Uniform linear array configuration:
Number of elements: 64
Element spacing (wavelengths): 0.5
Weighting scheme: binomial
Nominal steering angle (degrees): -30
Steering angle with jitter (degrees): -29.283
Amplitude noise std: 0.05
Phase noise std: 0.05

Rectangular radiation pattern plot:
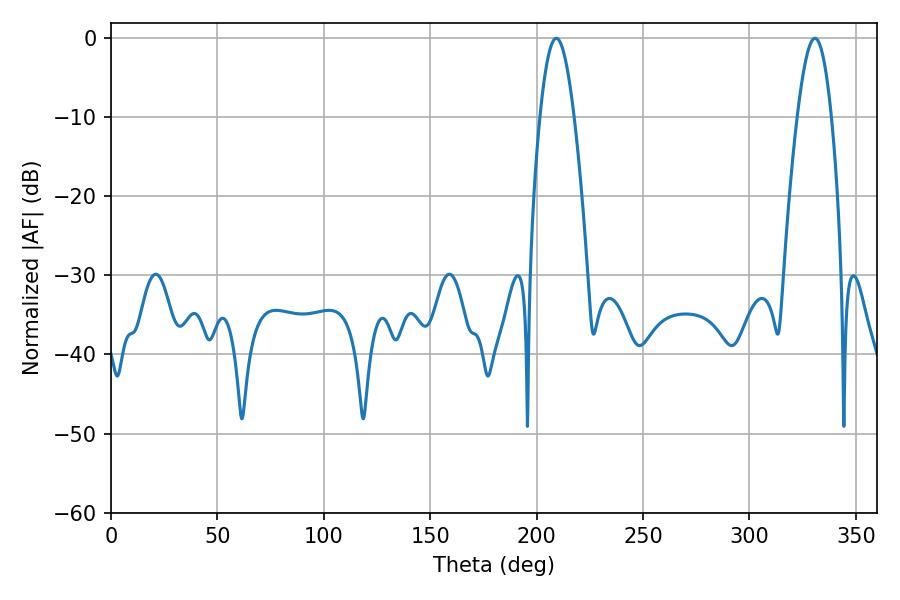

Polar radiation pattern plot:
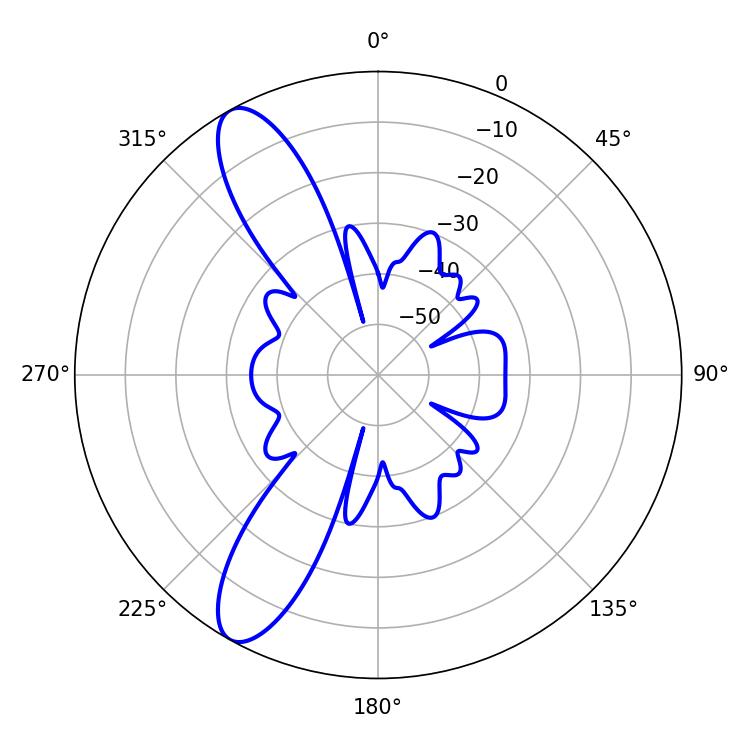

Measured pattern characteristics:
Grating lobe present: FALSE
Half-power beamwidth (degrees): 8.64
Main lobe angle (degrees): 209.16